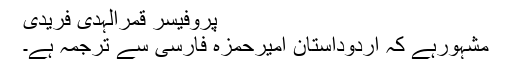
پروفیسر قمرالہدیٰ فریدی
مشہورہے کہ اردوداستانِ امیرحمزہ فارسی سے ترجمہ ہے۔